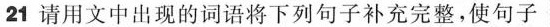
21 请用文中出现的词语将下列句子补充完整,使句子